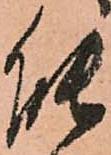
能